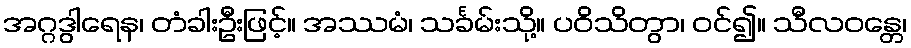
အဂ္ဂဒွါရေန၊ တံခါးဦးဖြင့်။ အဿမံ၊ သင်္ခမ်းသို့။ ပဝိသိတွာ၊ ဝင်၍။ သီလဝန္တေ၊